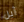
آبل